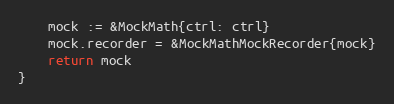
Language: Go
	mock := &MockMath{ctrl: ctrl}
	mock.recorder = &MockMathMockRecorder{mock}
	return mock
}